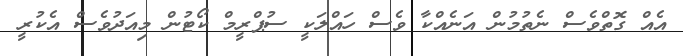
އެއް ގޮތްވެސް ނެތުމުން އަނެއްކާ ވެސް ހައްލަކީ ސުޕްރީމް ކޯޓުން މިއަދުވެސް އެކުރީ